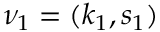
\nu _ { 1 } = ( k _ { 1 } , s _ { 1 } )